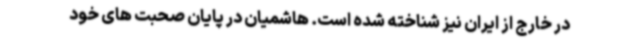
در خارج از ایران نیز شناخته شده است. هاشمیان در پایان صحبت های خود